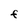
Character: F